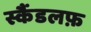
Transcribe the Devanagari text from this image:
स्कैंडलफ़